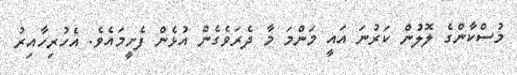
މުސްކާންގެ ލޮލުން ކަރުނަ އައީ މަންމަ މާ ދެރަވެގެން އުޅެން ފެށީމައެވެ. އެހުރިހާއިރު